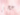
عجز